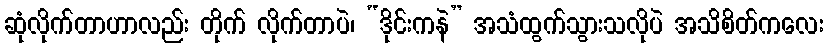
ဆုံလိုက်တာဟာလည်း တိုက် လိုက်တာပဲ၊ “ဒိုင်းကနဲ” အသံထွက်သွားသလိုပဲ အသိစိတ်ကလေး